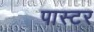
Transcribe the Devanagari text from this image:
पास्‍टर